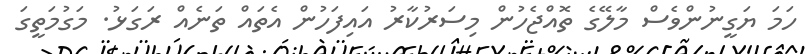
ހަމަ ޔަގީނުންވެސް މާލޭގެ ތޮއްޖެހުން މިސަރުކާރު އައިފަހުން އެތައް ތަނެއް ރަގަޅު. މަގުމަތީގަ